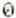
0